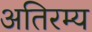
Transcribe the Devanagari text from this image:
अतिरम्य